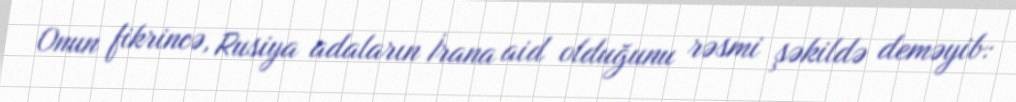
Onun fikrincə, Rusiya adaların İrana aid olduğunu rəsmi şəkildə deməyib: